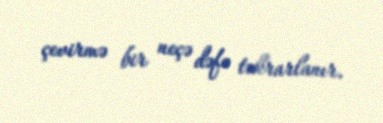
çevirmə bir neçə dəfə təkrarlanır.